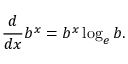
{ \frac { d } { d x } } b ^ { x } = b ^ { x } \log _ { e } b .